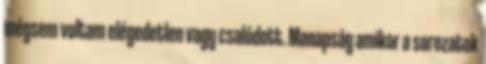
mégsem voltam elégedetlen vagy csalódott. Manapság amikor a sorozatok